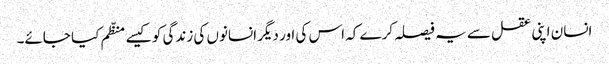
انسان اپنی عقل سے یہ فیصلہ کرے کہ اس کی اور دیگر انسانوں کی زندگی کو کیسے منظّم کیا جائے۔